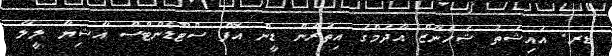
ޑރ. އައިޝަތު ޝެހެނާޒް އާދަމްގެ އިތުރުން ޑީން އޮފް ސްޓޫޑެންޓްސް އާޝިޔާ ލީލާ